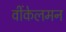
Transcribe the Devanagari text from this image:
वींकेलमन